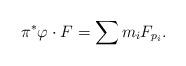
LaTeX: \begin{align*} \pi^* \varphi \cdot F = \sum m_i F_{p_i}.\end{align*}